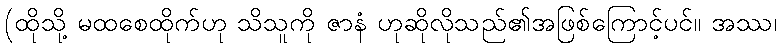
(ထိုသို့ မထစေထိုက်ဟု သိသူကို ဇာနံ ဟုဆိုလိုသည်၏အဖြစ်ကြောင့်ပင်။ အဿ၊